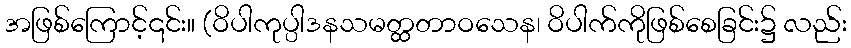
အဖြစ်ကြောင့်၎င်း။ (ဝိပါကုပ္ပါဒနသမတ္ထတာဝသေန၊ ဝိပါက်ကိုဖြစ်စေခြင်း၌ လည်း